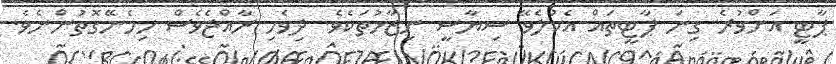
ޕާޓީ އަށްވުރެ ގިނަ ޕާޓީތައް އެކުލެވޭ ސިޔާސީ ނިޒާމުތަކެވެ. ދިވެހި ރާއްޖެވެސް ހިމެނޭގޮތުންނެވެ.